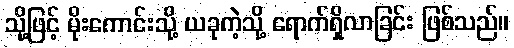
သို့ဖြင့် မိုးကောင်းသို့ ယခုကဲ့သို့ ရောက်ရှိလာခြင်း ဖြစ်သည်။